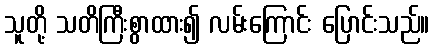
သူတို့ သတိကြီးစွာထား၍ လမ်းကြောင်း ပြောင်းသည်။